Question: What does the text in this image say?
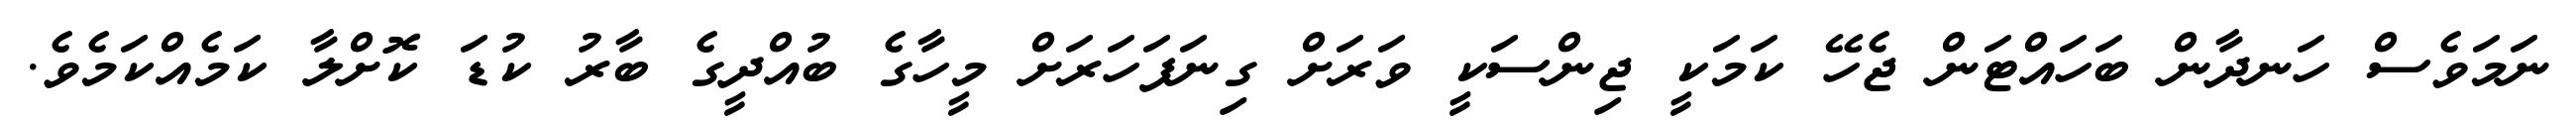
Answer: ނަމަވެސް ހަނދާން ބަހައްޓަން ޖެހޭ ކަމަކީ ޖިންސަކީ ވަރަށް ގިނަފަހަރަށް މީހާގެ ބުއްދީގެ ބާރު ކުޑަ ކޮށްލާ ކަމެއްކަމެވެ.